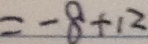
= - 8 + 1 2